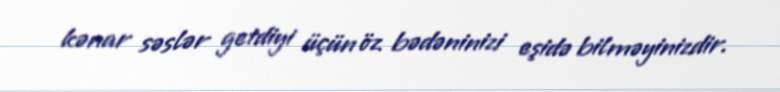
kənar səslər getdiyi üçün öz bədəninizi eşidə bilməyinizdir.